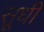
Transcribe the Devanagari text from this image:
सूधी